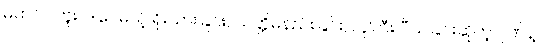
မထင်ပါဘူး၊ ဒါပေမယ့် ရိုးသားခြင်း, သတ္တိမနည်းခြင်း, လူကြီး ပီသခြင်းဆိုတဲ့ ဂုဏ်နဲ့